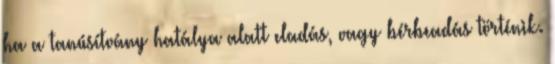
ha a tanúsítvány hatálya alatt eladás, vagy bérbeadás történik.